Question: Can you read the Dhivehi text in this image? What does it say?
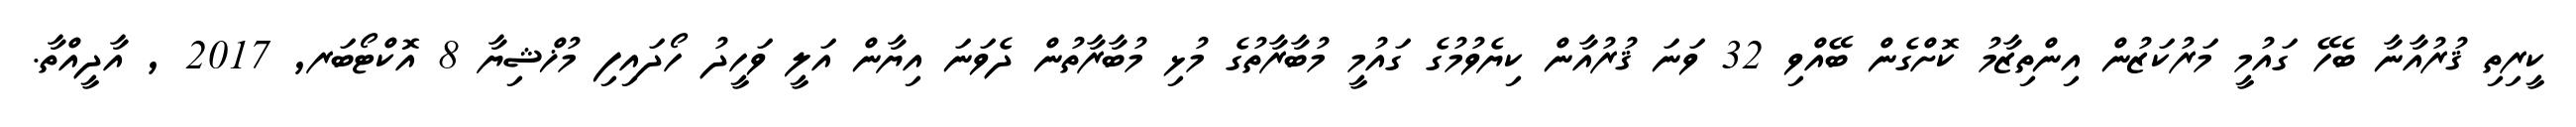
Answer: ކީރިތި ޤުރުއާނާ ބެހޭ ގައުމީ މަރުކަޒުން އިންތިޒާމު ކޮށްގެން ބޭއްވި 32 ވަނަ ޤުރުއާން ކިޔެވުމުގެ ގައުމީ މުބާރާތުގެ މުޅި މުބާރާތުން ދެވަނަ އިޔާން އަލީ ވަހީދު ހޯދައިފި މުޚްޝިޔާ 8 އޮކްޓޯބަރ, 2017 , އާދީއްތާ.